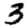
Digit: 3